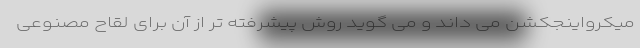
میکرواینجکشن می داند و می گوید روش پیشرفته تر از آن برای لقاح مصنوعی